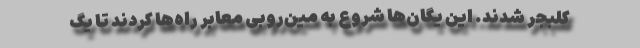
کلبجر شدند. این یگان‌ها شروع به مین‌روبی معابر راه‌ها کردند تا یگ